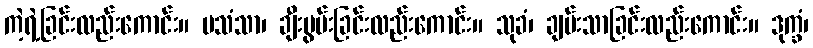
ကဲ့ရဲ့ခြင်းလည်းကောင်း။ ပသံသာ၊ ချီးမွမ်းခြင်းလည်းကောင်း။ သုခံ၊ ချမ်းသာခြင်းလည်းကောင်း။ ဒုက္ခံ၊